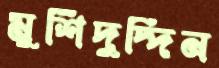
মুর্শিদুদ্দিন